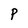
Character: P